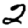
Digit: 2